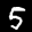
Label: 5